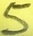
Text: 5